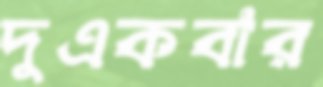
দুএকবার